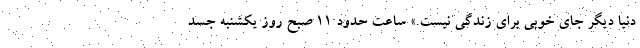
دنیا دیگر جای خوبی برای زندگی نیست.» ساعت حدود 11 صبح روز یکشنبه جسد